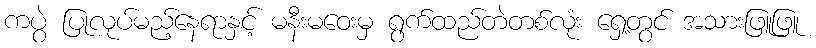
ကပွဲ ပြုလုပ်မည့်နေရာနှင့် မနီးမဝေးမှ ရွက်ထည်တဲတစ်လုံး ရှေ့တွင် အသားဖြူဖြူ